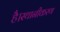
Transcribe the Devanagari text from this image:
है।स्थानीकरण